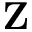
\mathbf { Z }